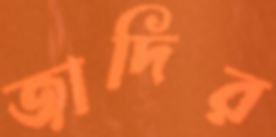
জাদির